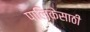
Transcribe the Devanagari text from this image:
पालिकेसाठी